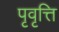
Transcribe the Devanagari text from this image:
पृवृत्ति